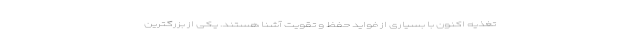
تغذیه اکنون با بسیاری از فواید حفظ و تقویت آشنا هستند. یکی از بزرگترین